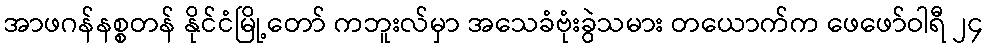
အာဖဂန်နစ္စတန် နိုင်ငံမြို့တော် ကဘူးလ်မှာ အသေခံဗုံးခွဲသမား တယောက်က ဖေဖော်ဝါရီ ၂၄